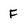
Character: F